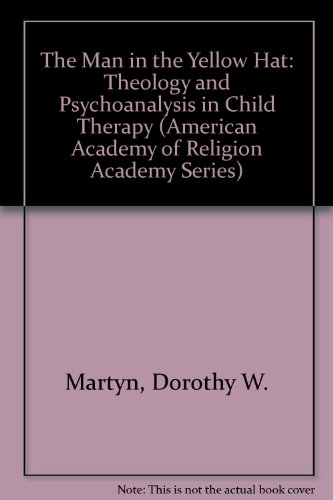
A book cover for The Man in the Yellow Hat: Theology and Psychoanalysis in Child Therapy (American Academy of Religion Academy Series); Dorothy W. Martyn; Religion & Spirituality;